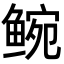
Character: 𬶝